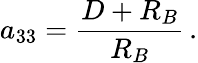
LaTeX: a_{33}={\frac{D+R_{B}}{R_{B}}}\, .